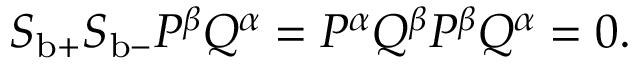
\begin{array} { r } { S _ { \mathrm { b } + } S _ { \mathrm { b } - } P ^ { \beta } Q ^ { \alpha } = P ^ { \alpha } Q ^ { \beta } P ^ { \beta } Q ^ { \alpha } = 0 . } \end{array}